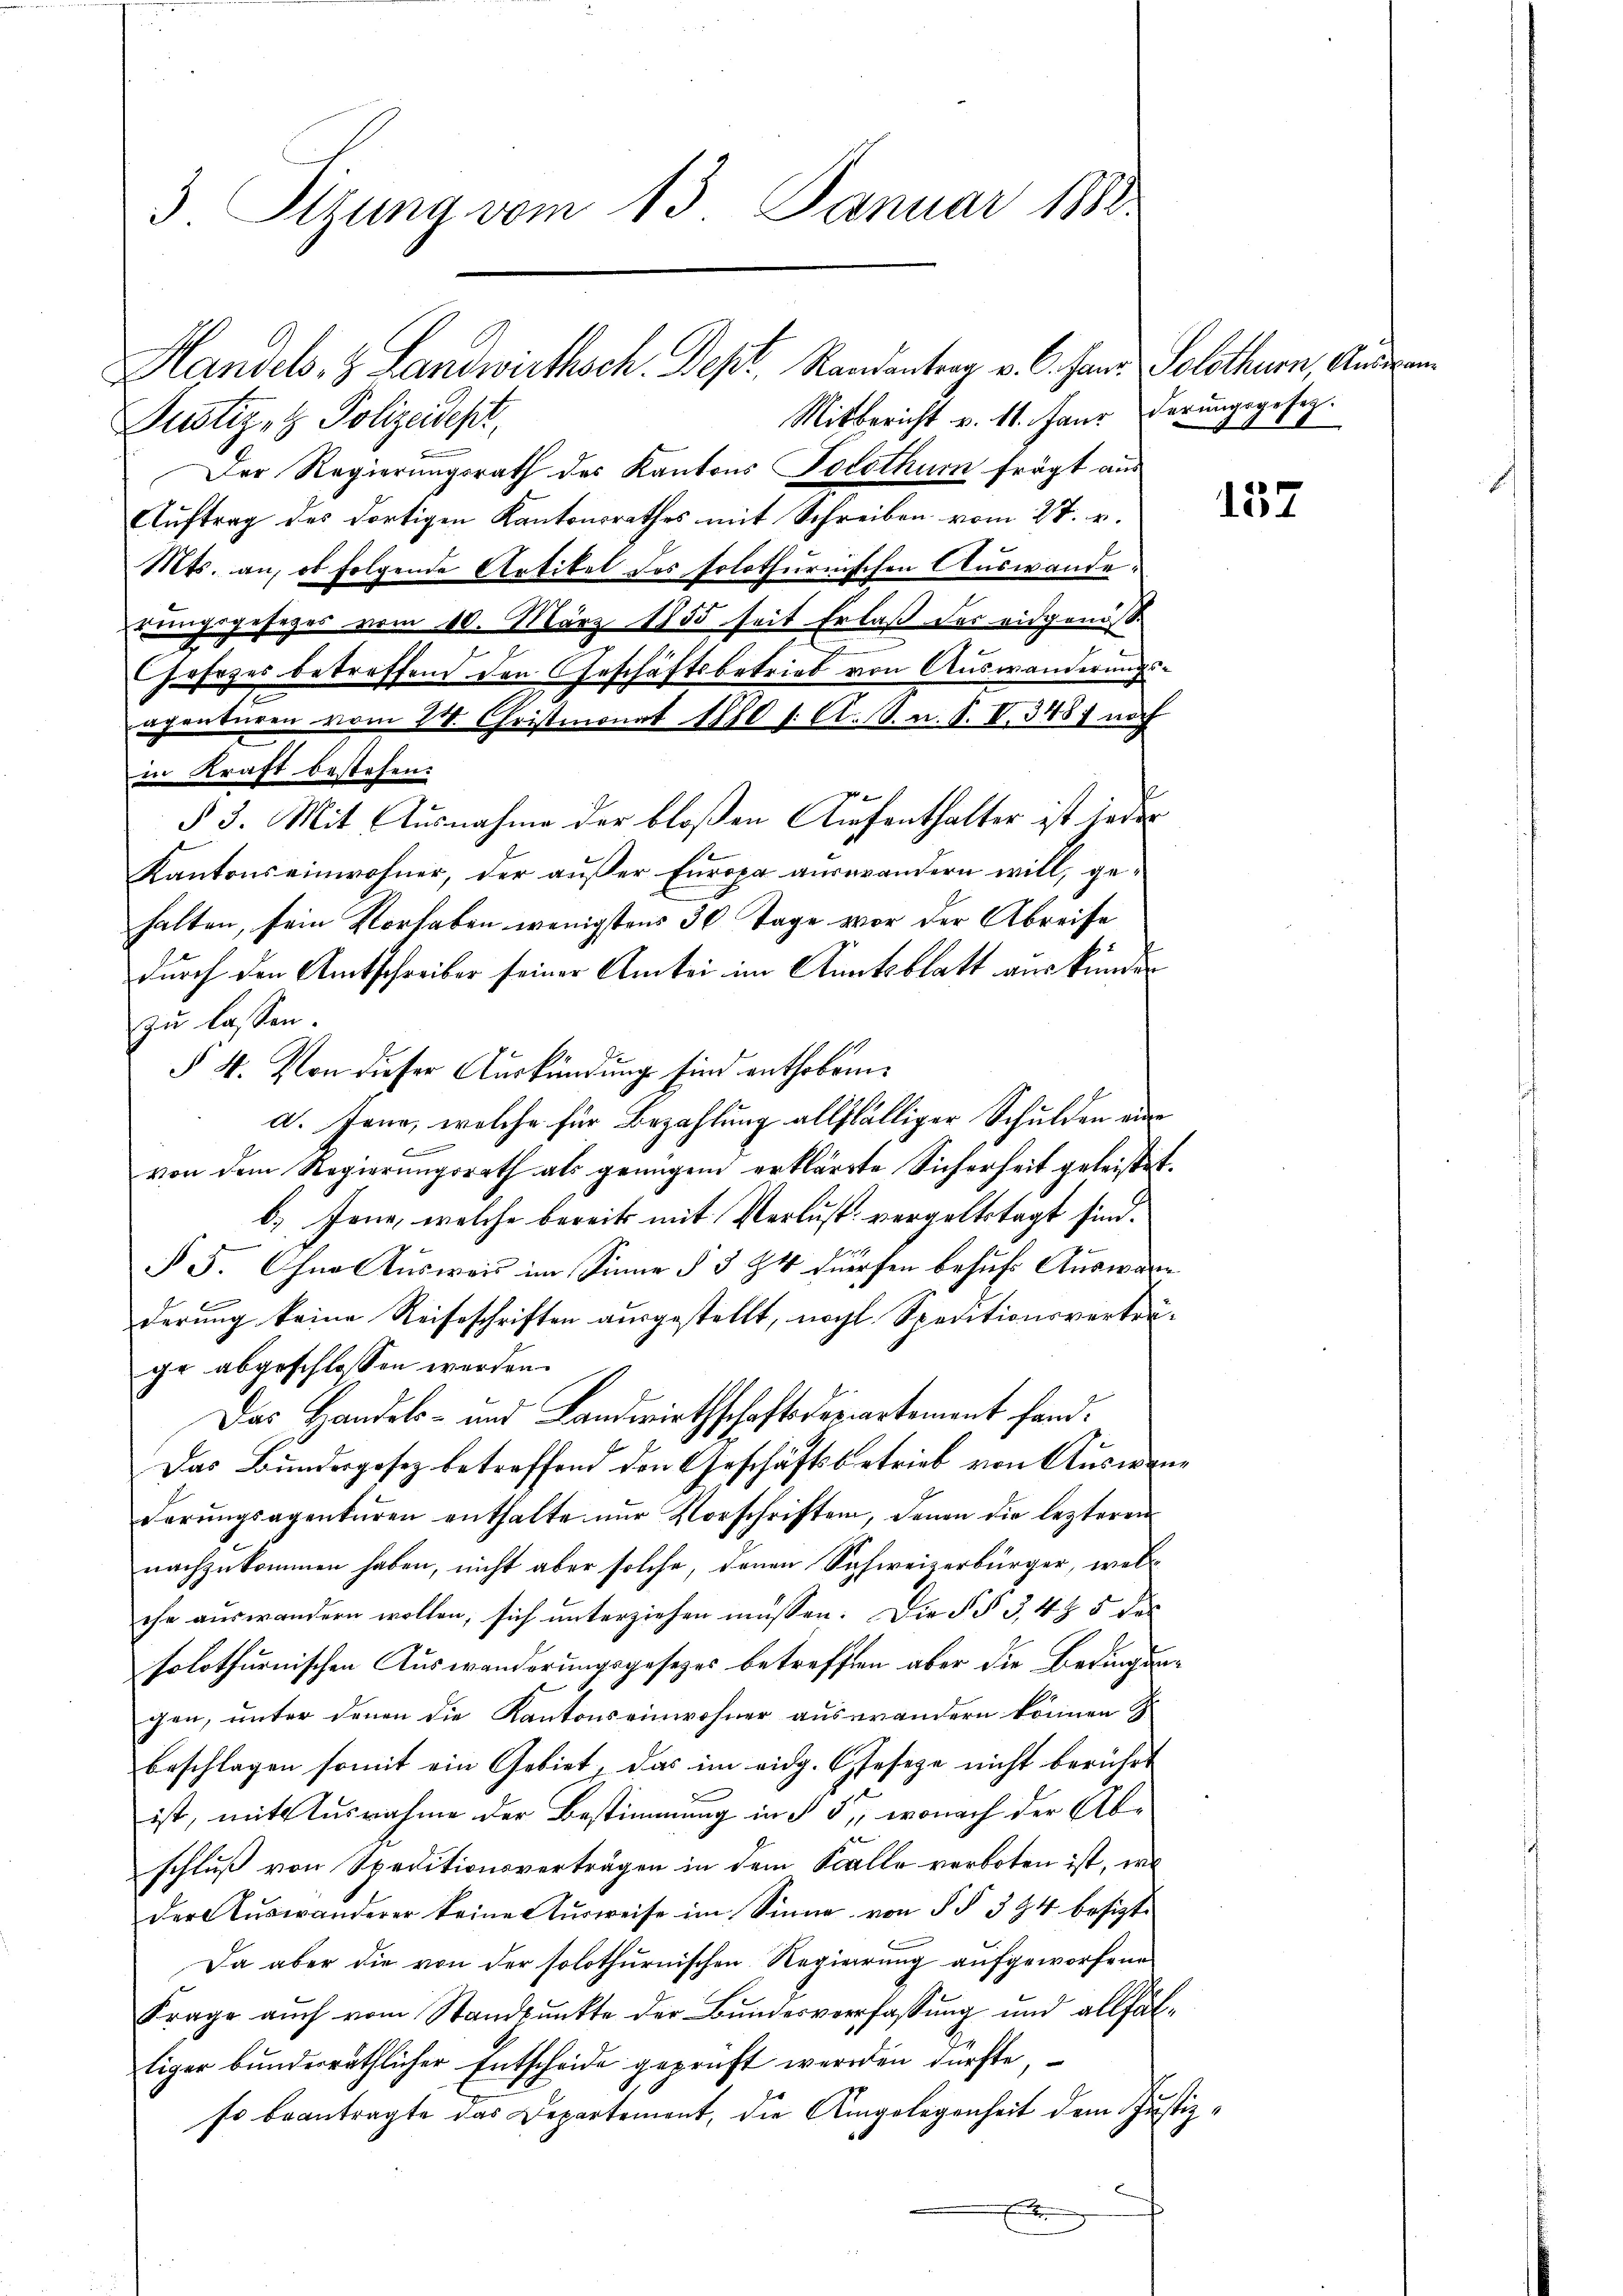
3. Sitzung vom 13. Januar 1888.

Mitbericht v. 11. Janr derungsgesez.
Justiz- & Polizeidepr
Der Regierungsrath des Kantons Posthum frägt aus
Auftrag des dortigen Kantonsrathes mit Schreiben vom 27. v.
Mts. an, ob folgende Artikel des solothurnischen Auswanderungsgeheger vom 10. März 1855 seit Erlaß der eidgenosse
Jahrzes betreffend den Geschäftsbetrieb von Auswanderungsapenturen vom 24. Christmonat 1810 s. A. S. u. S. V. 348) noch
in Kraft bestehen.
§ 3. Mit Ausnahme der bloßen Aufenthalter ist jeder
Kantons einwohner, der außer Europa auswandern will, gehalten, sein Vorhaben wenigstens 30 Tage vor der Abreise
durch den Amtschreiber seiner Amtei im Amtsblatt aus kunden
zu lassen.
§ 4. Von dieser Auskündung sind enthobena. Jena, welche für Bezahlung allfälliger Schulden eine

von dem Regierungsrath als genügen erklärte Sicherheit geleistet.
b. Jene, welche bereits mit Verlust vergeltstagt sind.
§ 5. Ohne Ausweis im Sinne § 3 & 4 dürfen besuchs Ausware
derung keine Reiseschriften ausgestellt, nochl. Speditionsverträge abgeschlossen werden.
Das Handels- und Landwirthschaftsdepartement fand¬
Das Bundesgesez betreffend den Geschäftsbetrieb von Auswanderungsagenturen enthalte nur Vorschriften, denen die lezteren
nachzukommen haben, nicht aber solche, denen Sachweizerbürger, welcehe auswandern wollen, sich unterziehen müssen. Die § § 3, 4 & 5 des
solothurnischen Auswanderungsgesetzes betreffen aber die Bedingungen, unter denen die Kantonseinwohner auswandern können G.
beschlagen somit ein Gebiet, das im eidg. Geseze nicht berührt
ist, mit Ausnahme der Bestimmung in § 5, wonach der Abschluß von Speditionsverträgen in dem Stalle verboten ist, wie
der Aŭswanderer keine Aŭsweise im Sinne von § § 394 besizt.
Da aber die von der solothurnischen Regierung aufgeworfene
Frage aŭch vom Standpŭnkte der Bŭndesverfassŭng und allfäl-
tiger bundesräthlicher Entscheide geprüft werden dürfte,
so beantragte das Departement, die Umgelegenheit dem Justiz¬

Handels- & Landwirthsch. Dept, Randantrag v. C. Fand Solothurn, Anderan¬

152